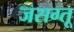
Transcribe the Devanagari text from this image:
जसग्तू